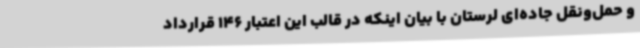
و حمل‌ونقل جاده‌ای لرستان با بیان اینکه در قالب این اعتبار 146 قرارداد